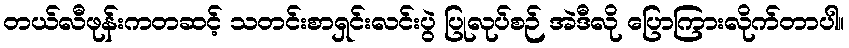
တယ်လီဖုန်းကတဆင့် သတင်းစာရှင်းလင်းပွဲ ပြုလုပ်စဉ် အဲဒီလို ပြောကြားလိုက်တာပါ။